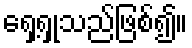
ရှေ့ရှုသည်ဖြစ်၍။